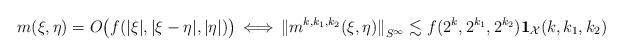
LaTeX: \begin{align*}m(\xi,\eta) & = O\big( f(|\xi|,|\xi-\eta|,|\eta|) \big) \, \Longleftrightarrow \,{\| m^{k,k_1,k_2}(\xi,\eta) \|}_{S^\infty} \lesssim f(2^k,2^{k_1},2^{k_2}) \mathbf{1}_{\mathcal{X}}(k,k_1,k_2)\end{align*}